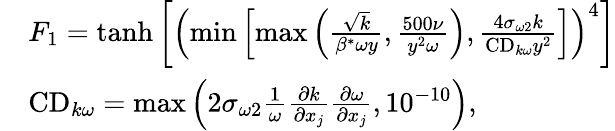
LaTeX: \begin{array}{rl}&{F_{1}=\operatorname{tanh}\left[\left(\operatorname*{min}\left[\operatorname*{max}\left(\frac{\sqrt{k}}{\beta^{*}\omega y},\frac{500\nu}{y^{2}\omega}\right),\frac{4\sigma_{\omega 2}k}{\mathrm{CD}_{k\omega}y^{2}}\right]\right)^{4}\right]}\\ &{\mathrm{CD}_{k\omega}=\operatorname*{max}\left(2\sigma_{\omega 2}\frac{1}{\omega}\frac{\partial k}{\partial x_{j}}\frac{\partial\omega}{\partial x_{j}},10^{-10}\right)\mathrm{,}}\end{array}